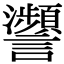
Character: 𧮝